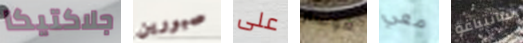
جلاكتيكا صبورين على فوستر معي سانتياغو